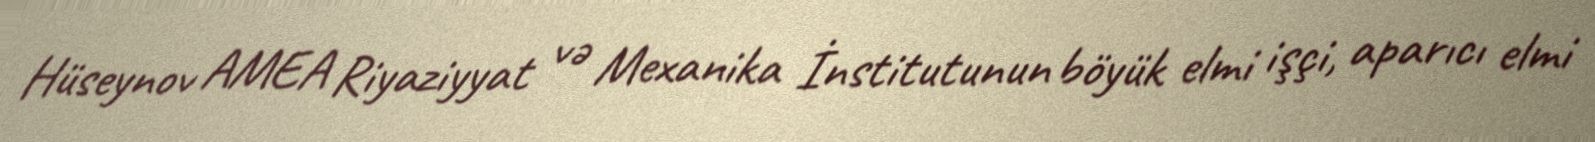
Hüseynov AMEA Riyaziyyat və Mexanika İnstitutunun böyük elmi işçi, aparıcı elmi